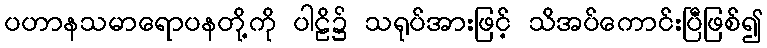
ပဟာနသမာရောပနတို့ကို ပါဠိ၌ သရုပ်အားဖြင့် သိအပ်ကောင်းပြီဖြစ်၍